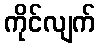
ကိုင်လျက်